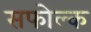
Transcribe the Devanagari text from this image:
सफोल्क